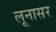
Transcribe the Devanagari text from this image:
लूनासर